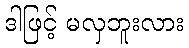
ဒါဖြင့် မလှဘူးလား